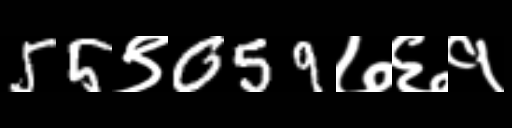
Text: 55९059७६१